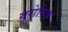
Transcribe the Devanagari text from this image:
यूरोनिक